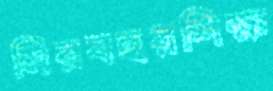
মিরবহরশিক্ষ